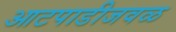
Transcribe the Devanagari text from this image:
आटपाडीजवळ